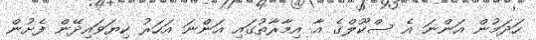
ހަދަމުން އަންނަ އެ ސްކޫލްގެ އާ އިމާރާތުގައި އަންނަ އަހަރު ކިޔަވައިދޭން ފެށުން